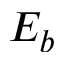
E _ { b }